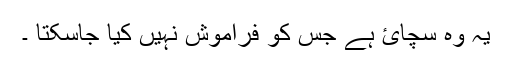
یہ وہ سچائ ہے جس کو فراموش نہیں کیا جاسکتا ۔